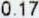
0.17